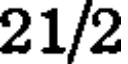
21/2